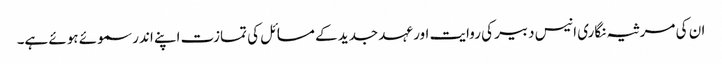
ان کی مرثیہ نگاری انیس دبیر کی روایت اور عہد جدید کے مسائل کی تمازت اپنے اندر سموئے ہوئے ہے۔